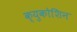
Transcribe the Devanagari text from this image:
क्युकोशिन